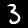
Digit: 3